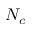
N _ { c }